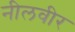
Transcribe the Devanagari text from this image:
नीलवीर